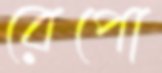
রেপো